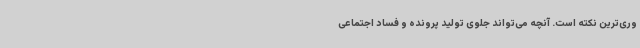
وری‌ترین نکته است. آنچه می‌تواند جلوی تولید پرونده و فساد اجتماعی